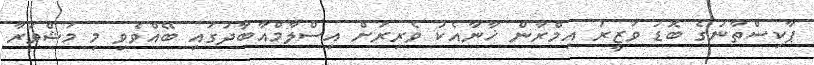
ޕާކިސްތާނުގެ ބޮޑު ވަޒީރު އިމްރާން ޚާނާއެކު ވެރިރަށް އިސްލާމްއާބާދުގައި ބޭއްވެވި މި މަޝްވަރާ